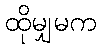
ထိုမျှမက